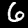
Digit: 6